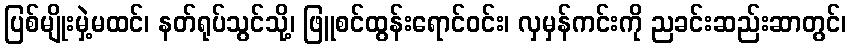
ပြစ်မျိုးမှဲ့မထင်၊ နတ်ရုပ်သွင်သို့၊ ဖြူစင်ထွန်းရောင်ဝင်း၊ လှမှန်ကင်းကို ညခင်းဆည်းဆာတွင်၊